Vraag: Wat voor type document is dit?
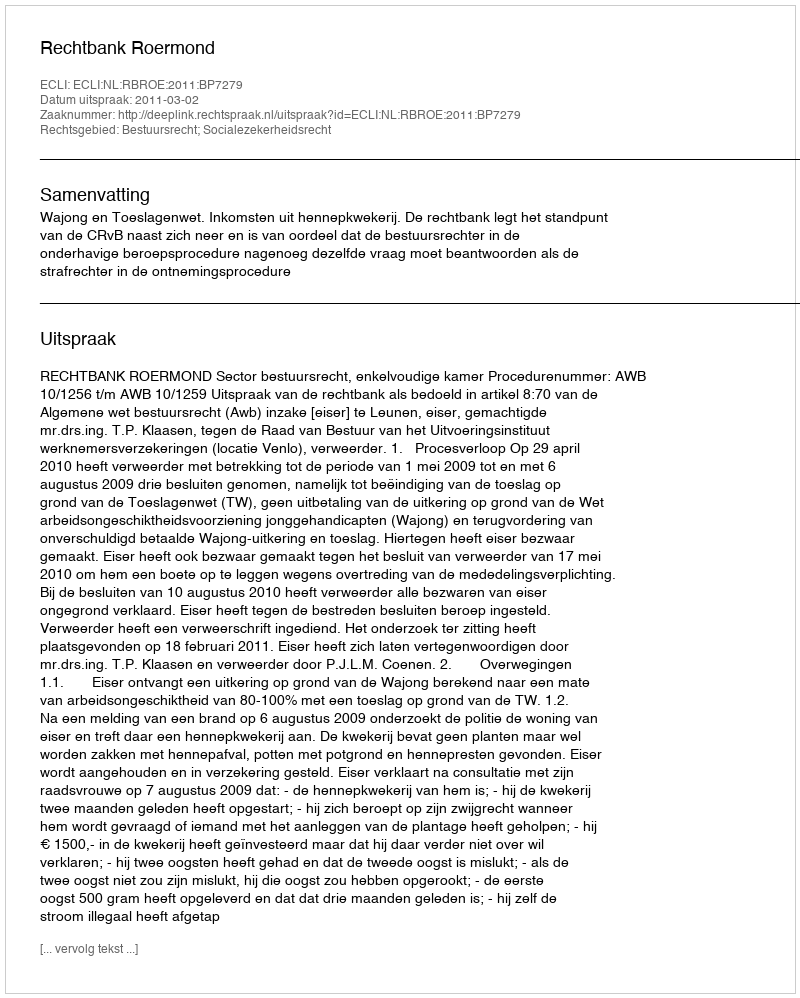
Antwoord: Uitspraak